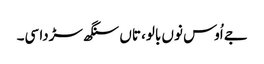
جے اُوس نوں بالو، تاں سنگھ سڑدا سی۔